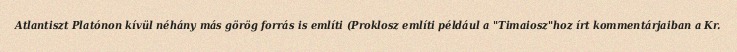
Atlantiszt Platónon kívül néhány más görög forrás is említi (Proklosz említi például a "Timaiosz"hoz írt kommentárjaiban a Kr.